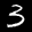
Label: 3